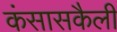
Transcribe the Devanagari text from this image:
कंसासकैली